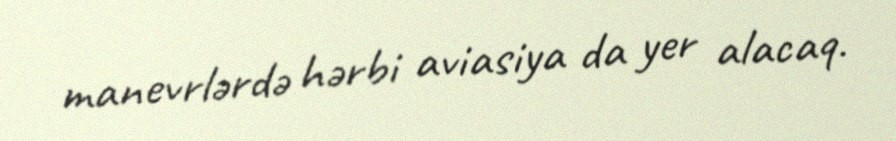
manevrlərdə hərbi aviasiya da yer alacaq.